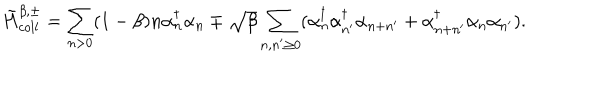
{ \tilde { H } } _ { c o l l } ^ { \beta , \pm } = \sum _ { n > 0 } ( 1 - \beta ) n \alpha _ { n } ^ { \dagger } \alpha _ { n } \mp \sqrt { \beta } \sum _ { n , n ^ { \prime } \geq 0 } ( \alpha _ { n } ^ { \dagger } \alpha _ { n ^ { \prime } } ^ { \dagger } \alpha _ { n + n ^ { \prime } } + \alpha _ { n + n ^ { \prime } } ^ { \dagger } \alpha _ { n } \alpha _ { n ^ { \prime } } ) .